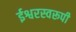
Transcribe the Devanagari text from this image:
ईश्वरस्वरूपी